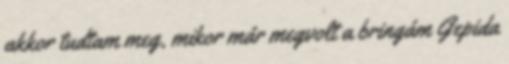
akkor tudtam meg, mikor már megvolt a bringám Gepida